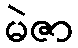
မဲဇာ